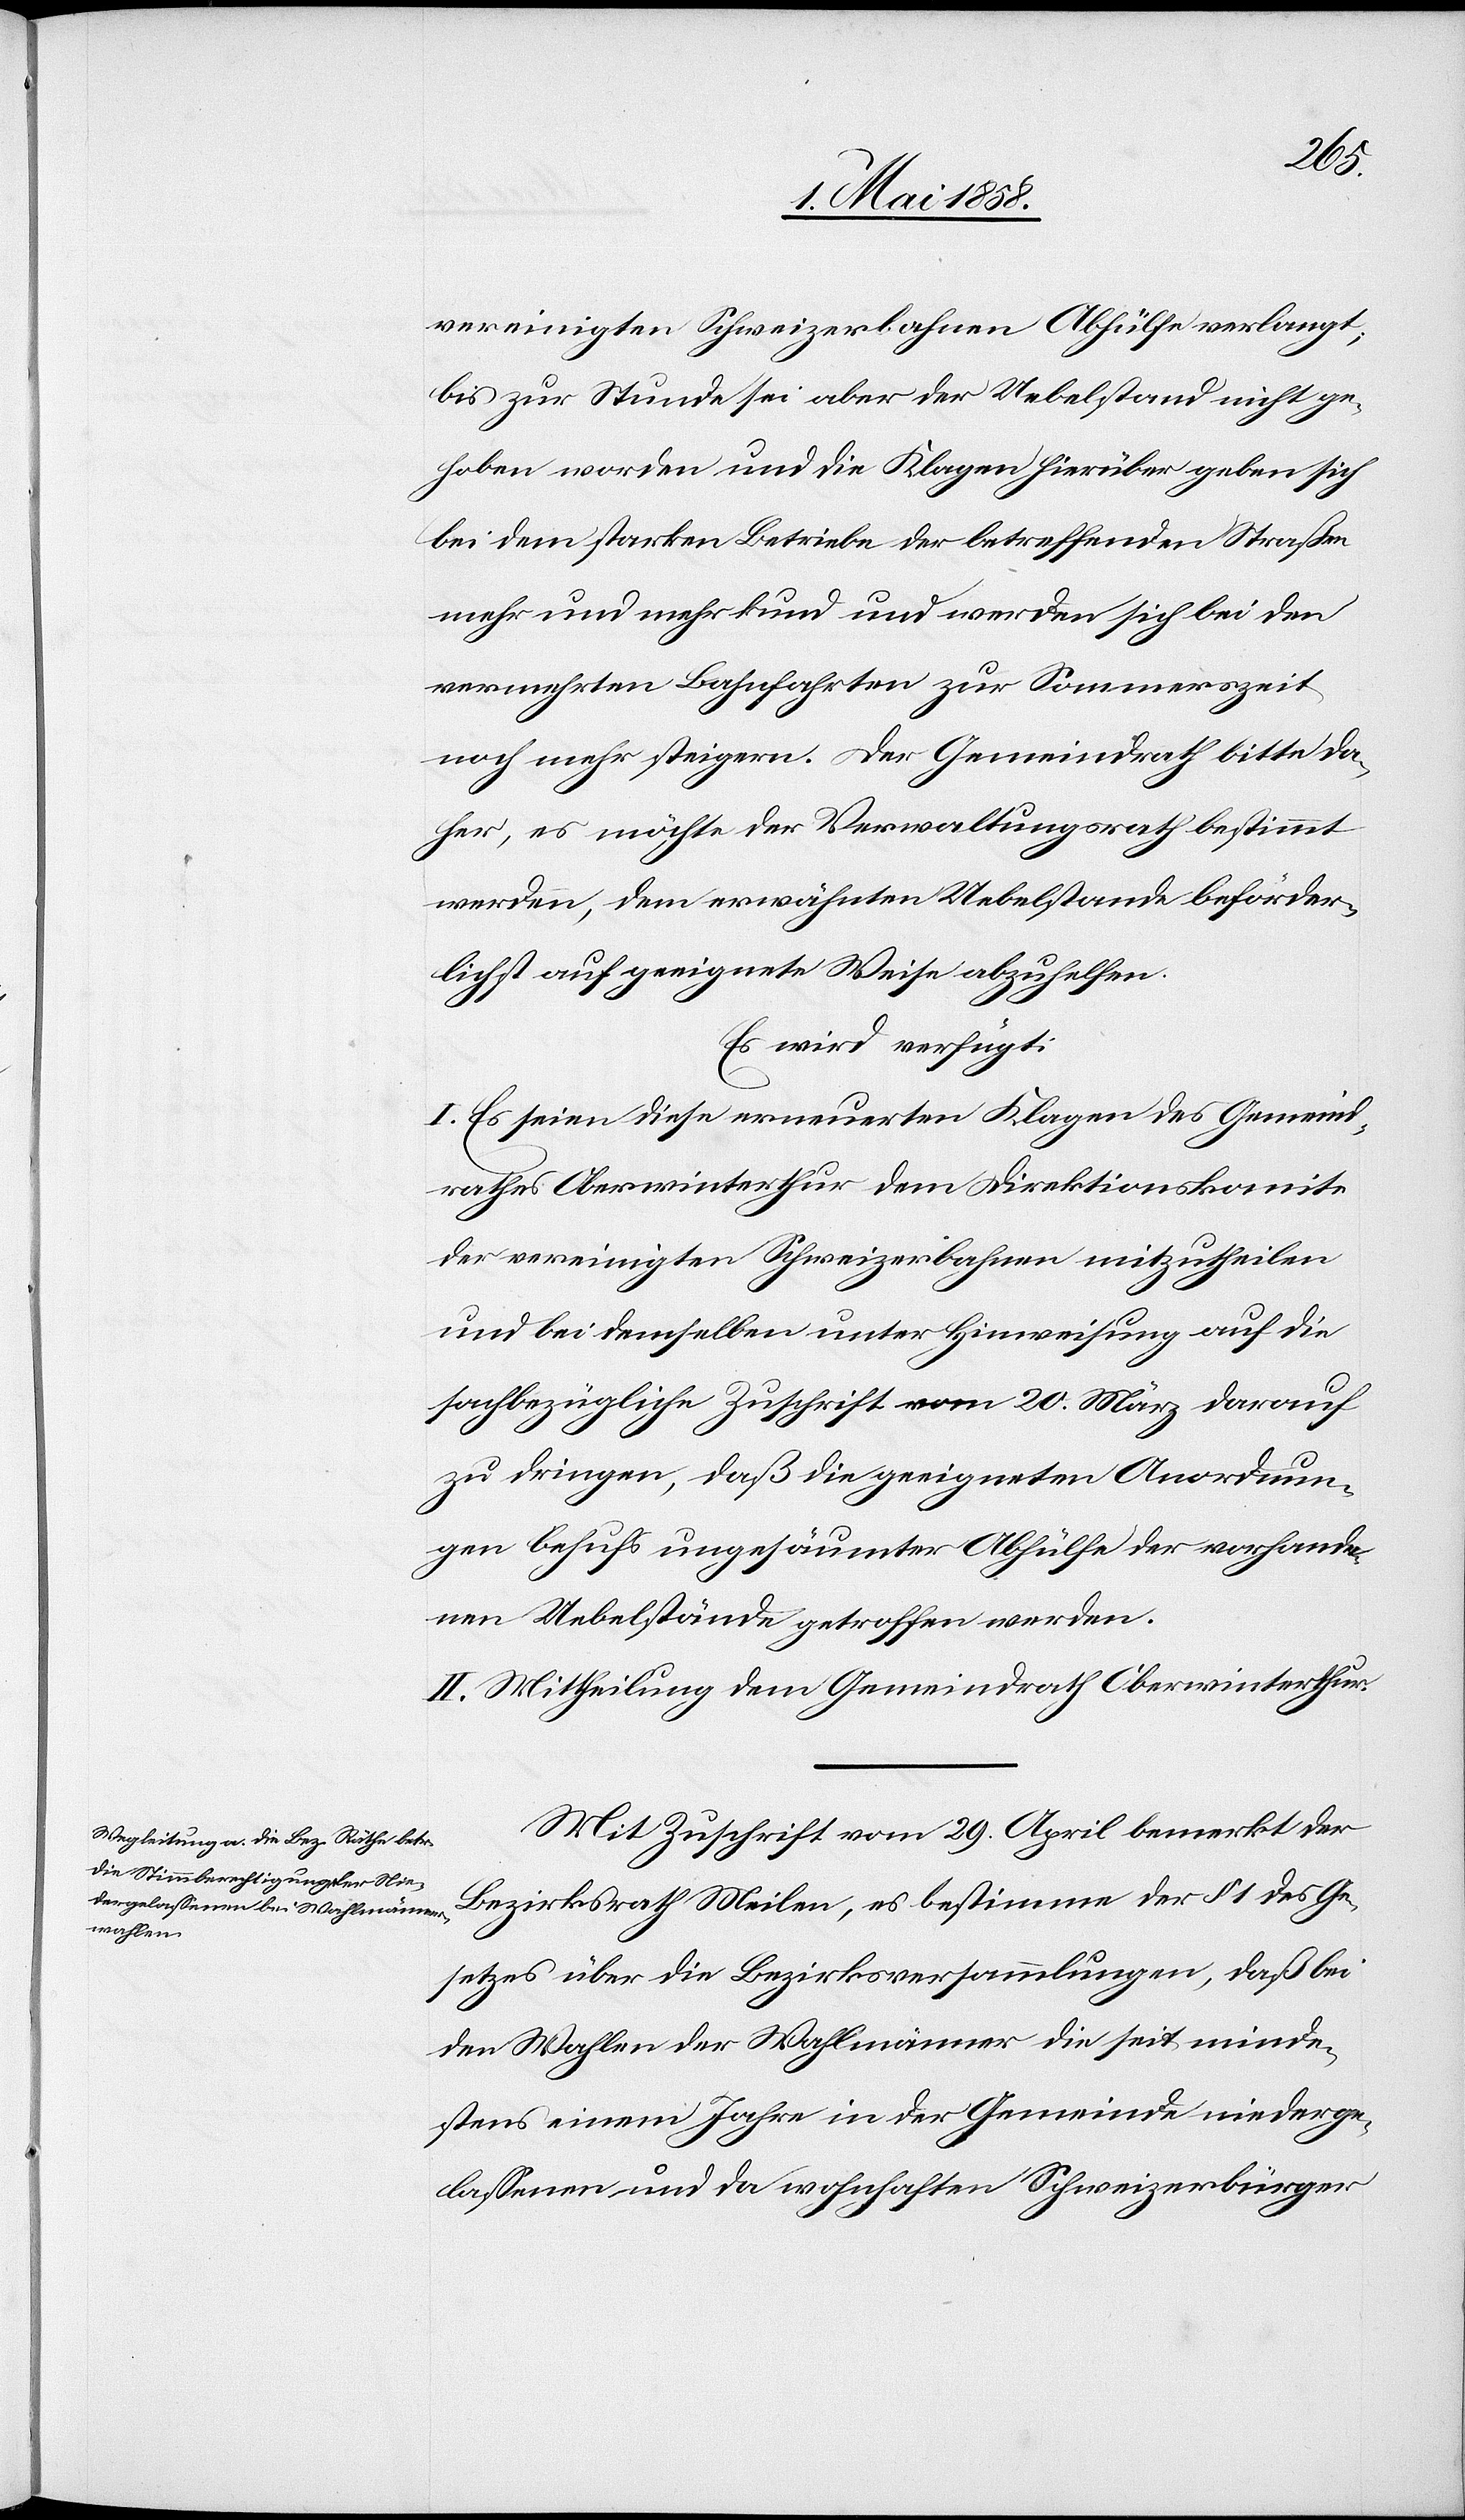
vereinigten Schweizerbahnen Abhülfe verlangt,
bis zur Stunde sei aber der Uebelstand nicht ge¬
hoben worden und die Klagen hierüber geben sich
bei dem starken Betriebe der betreffenden Straßen
mehr und mehr kund und werden sich bei den
vermehrten Bahnfahrten zur Sommerzeit
noch mehr steigern. Der Gemeindrath bitte da¬
her, es möchte der Verwaltungsrath bestimmt
werden, dem erwähnten Uebelstande beförder¬
lichst auf geeignete Weise abzuhelfen.
Es wird verfügt:
I. Es seien diese erneuerten Klagen des Gemeind¬
rathes Oberwinterthur dem Direktionskomite
der vereinigten Schweizerbahnen mitzutheilen
und bei demselben unter Hinweisung auf die
sachbezügliche Zuschrift vom 20. März darauf
zu dringen, daß die geeigneten Anordnun¬
gen behufs ungesäumter Abhülfe der vorhande¬
nen Uebelstände getroffen werden.
II. Mittheilung dem Gemeindrath Oberwinterthur.
Mit Zuschrift vom 29. April bemerkt der
Bezirksrath Meilen, es bestimme der § 1 des Ge¬
setzes über die Bezirksversammlungen, daß bei
den Wahlen der Wahlmänner die seit minde¬
stens einem Jahre in der Gemeinde niederge¬
lassenen und da wohnhaften Schweizerbürger